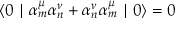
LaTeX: \langle 0 \mid { \alpha } _ { m } ^ { \mu } { \alpha } _ { n } ^ { \nu } + { \alpha } _ { n } ^ { \nu } { \alpha } _ { m } ^ { \mu } \mid 0 \rangle = 0